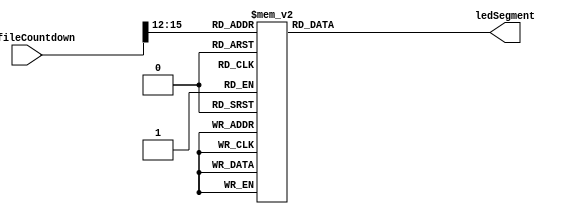
/*
   This file was generated automatically by Alchitry Labs version 1.2.1.
   Do not edit this file directly. Instead edit the original Lucid source.
   This is a temporary file and any changes made to it will be destroyed.
*/

module segment_manager_5 (
    input [15:0] regfileCountdown,
    output reg [7:0] ledSegment
  );
  
  
  
  always @* begin
    
    case (regfileCountdown[12+3-:4])
      default: begin
        ledSegment = 8'h40;
      end
      1'h0: begin
        ledSegment = 8'h3f;
      end
      1'h1: begin
        ledSegment = 8'h06;
      end
      2'h2: begin
        ledSegment = 8'h5b;
      end
      2'h3: begin
        ledSegment = 8'h4f;
      end
      3'h4: begin
        ledSegment = 8'h66;
      end
      3'h5: begin
        ledSegment = 8'h6d;
      end
      3'h6: begin
        ledSegment = 8'h7d;
      end
      3'h7: begin
        ledSegment = 8'h07;
      end
      4'h8: begin
        ledSegment = 8'h7f;
      end
      4'h9: begin
        ledSegment = 8'h6f;
      end
    endcase
  end
endmodule